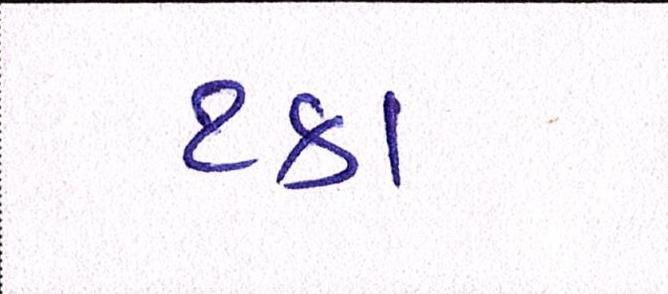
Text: ટકા